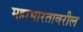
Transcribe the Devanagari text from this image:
महाभारतावरील